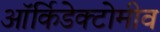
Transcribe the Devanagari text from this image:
ऑर्किडेक्टोमीव